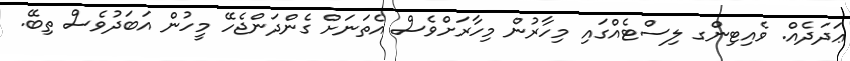
ޢަދަދެއް. ވެއިޓިންގ ލިސްޓެއްގައި މިހާރުން މިހާރަށްވެސް އެތަނަށް ގެންދަންޖެހޭ މީހުން އަބަދުވެސް ތިބޭ.